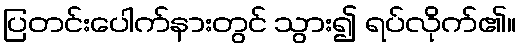
ပြတင်းပေါက်နားတွင် သွား၍ ရပ်လိုက်၏။